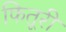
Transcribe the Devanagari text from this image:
फितूरी